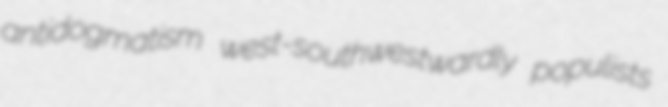
antidogmatism west-southwestwardly populists